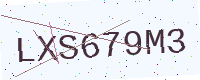
Text: LXS679M3